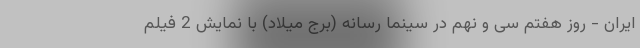
ایران - روز هفتم سی و نهم در سینما رسانه (برج میلاد) با نمایش 2 فیلم